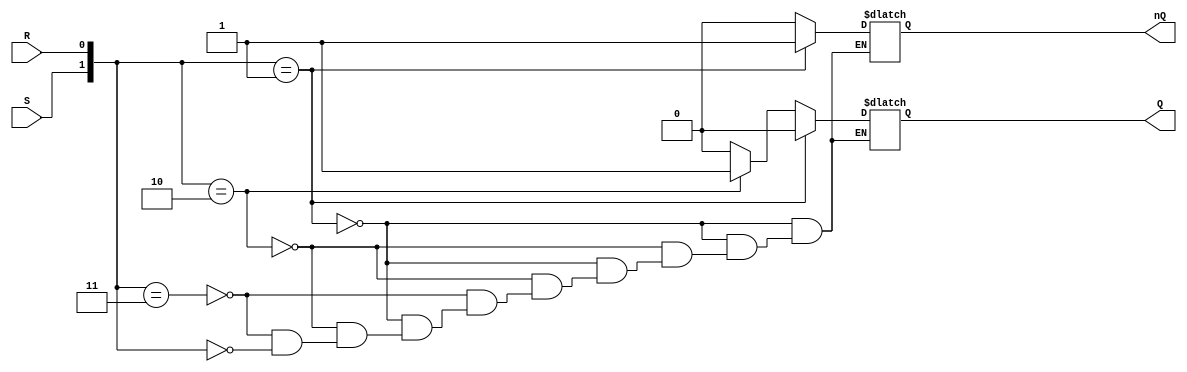
`timescale 1ns / 1ps
//////////////////////////////////////////////////////////////////////////////////
// Company: 
// Engineer: 
// 
// Design Name: 
// Module Name: sr
// Project Name: 
// Target Devices: 
// Tool Versions: 
// Description: 
// 
// Dependencies: 
// 
// Revision:
// Revision 0.01 - File Created
// Additional Comments:
// 
//////////////////////////////////////////////////////////////////////////////////


module sr(S, R, Q, nQ);
    input S, R;
    output reg Q, nQ;
    
    always @(S, R) begin
        if({S, R} == 2'b01)      {Q, nQ} = 2'b01;
        else if({S, R} == 2'b10) {Q, nQ} = 2'b10;
        else if({S, R} == 2'b11) {Q, nQ} = 2'b00;
        else if({S, R} == 2'b00) ;
        else {Q, nQ} = 2'b00;
    end
endmodule